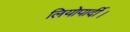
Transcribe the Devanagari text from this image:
लियोपार्दी।